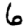
Digit: 6